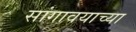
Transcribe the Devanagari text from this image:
सांगावयाच्या